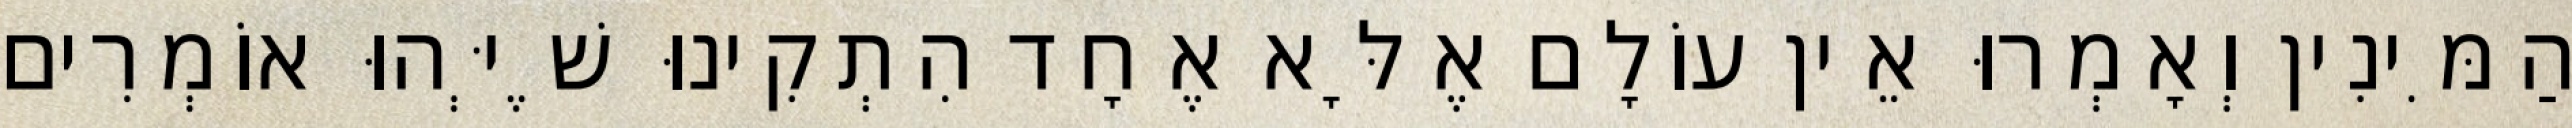
הַמִּינִין וְאָמְרוּ אֵין עוֹלָם אֶלָּא אֶחָד הִתְקִינוּ שֶׁיְּהוּ אוֹמְרִים